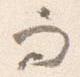
而